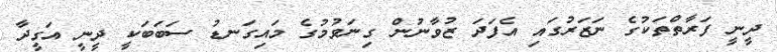
ދީނީ ފަރާތްތަކުގެ ނަޒަރުގައި އެފަދަ ޒުވާނުން ގިނަވުމުގެ މައިގަނޑު ސަބަބަކީ ދީނީ އަގީދާ